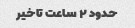
حدود ۲ ساعت تاخیر